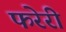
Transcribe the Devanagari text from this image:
फरेरी